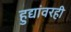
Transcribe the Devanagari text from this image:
हुद्यांवरही